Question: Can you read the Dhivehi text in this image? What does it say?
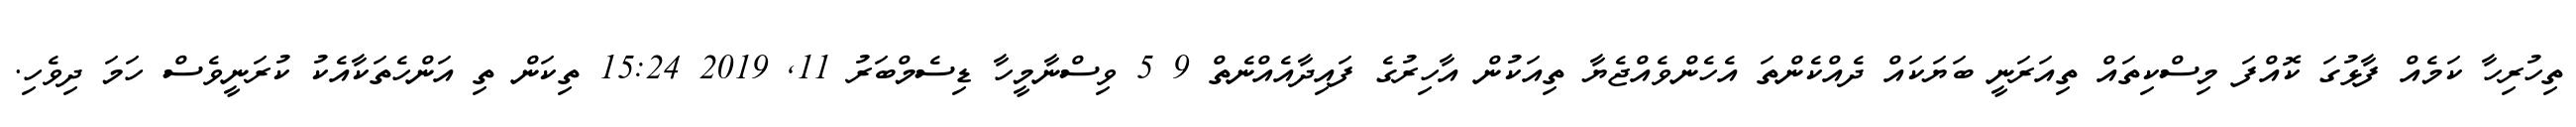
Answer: ތިހުރިހާ ކަމެއް ފާޅުގަ ކޮއްފަ މިސްކިތައް ތިއަރަނީ ބަޔަކައް ދެއްކެންތަ އެހެންވެއްޖެޔާ ތިއަކުން އާހިރުގެ ފައިދާއެއްނެތް 9 5 ވިސްނާމީހާ ޑިސެމްބަރު 11, 2019 15:24 ތިކަން ތި އަންހެތަކާއެކު ކުރަނީވެސް ހަމަ ދިވެހި.